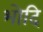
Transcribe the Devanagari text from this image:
भोदि